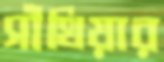
সাঁথিয়ার